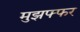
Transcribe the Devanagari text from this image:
मुझफ्फर